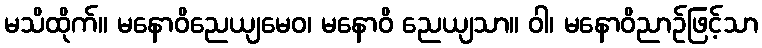
မသိထိုက်။ မနောဝိညေယျမေဝ၊ မနောဝိ ညေယျသာ။ ဝါ၊ မနောဝိညာဉ်ဖြင့်သာ